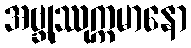
အဗ္ဘုဿုက္ကမာနော